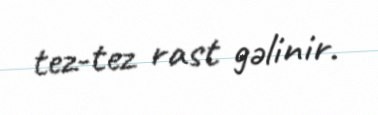
tez-tez rast gəlinir.